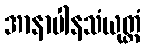
အာနာပါနသံယုတ္တံ